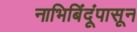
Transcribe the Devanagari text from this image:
नाभिबिंदूंपासून